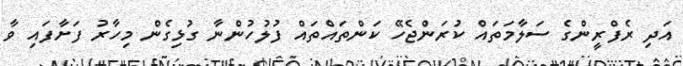
އަދި ރެފްރީންގެ ސަލާމަތައް ކުރަންޖެހޭ ކަންތައްތައް ފުލުހުންނާ ގުޅިގެން މިހާރު ފަށާފައި ވާ